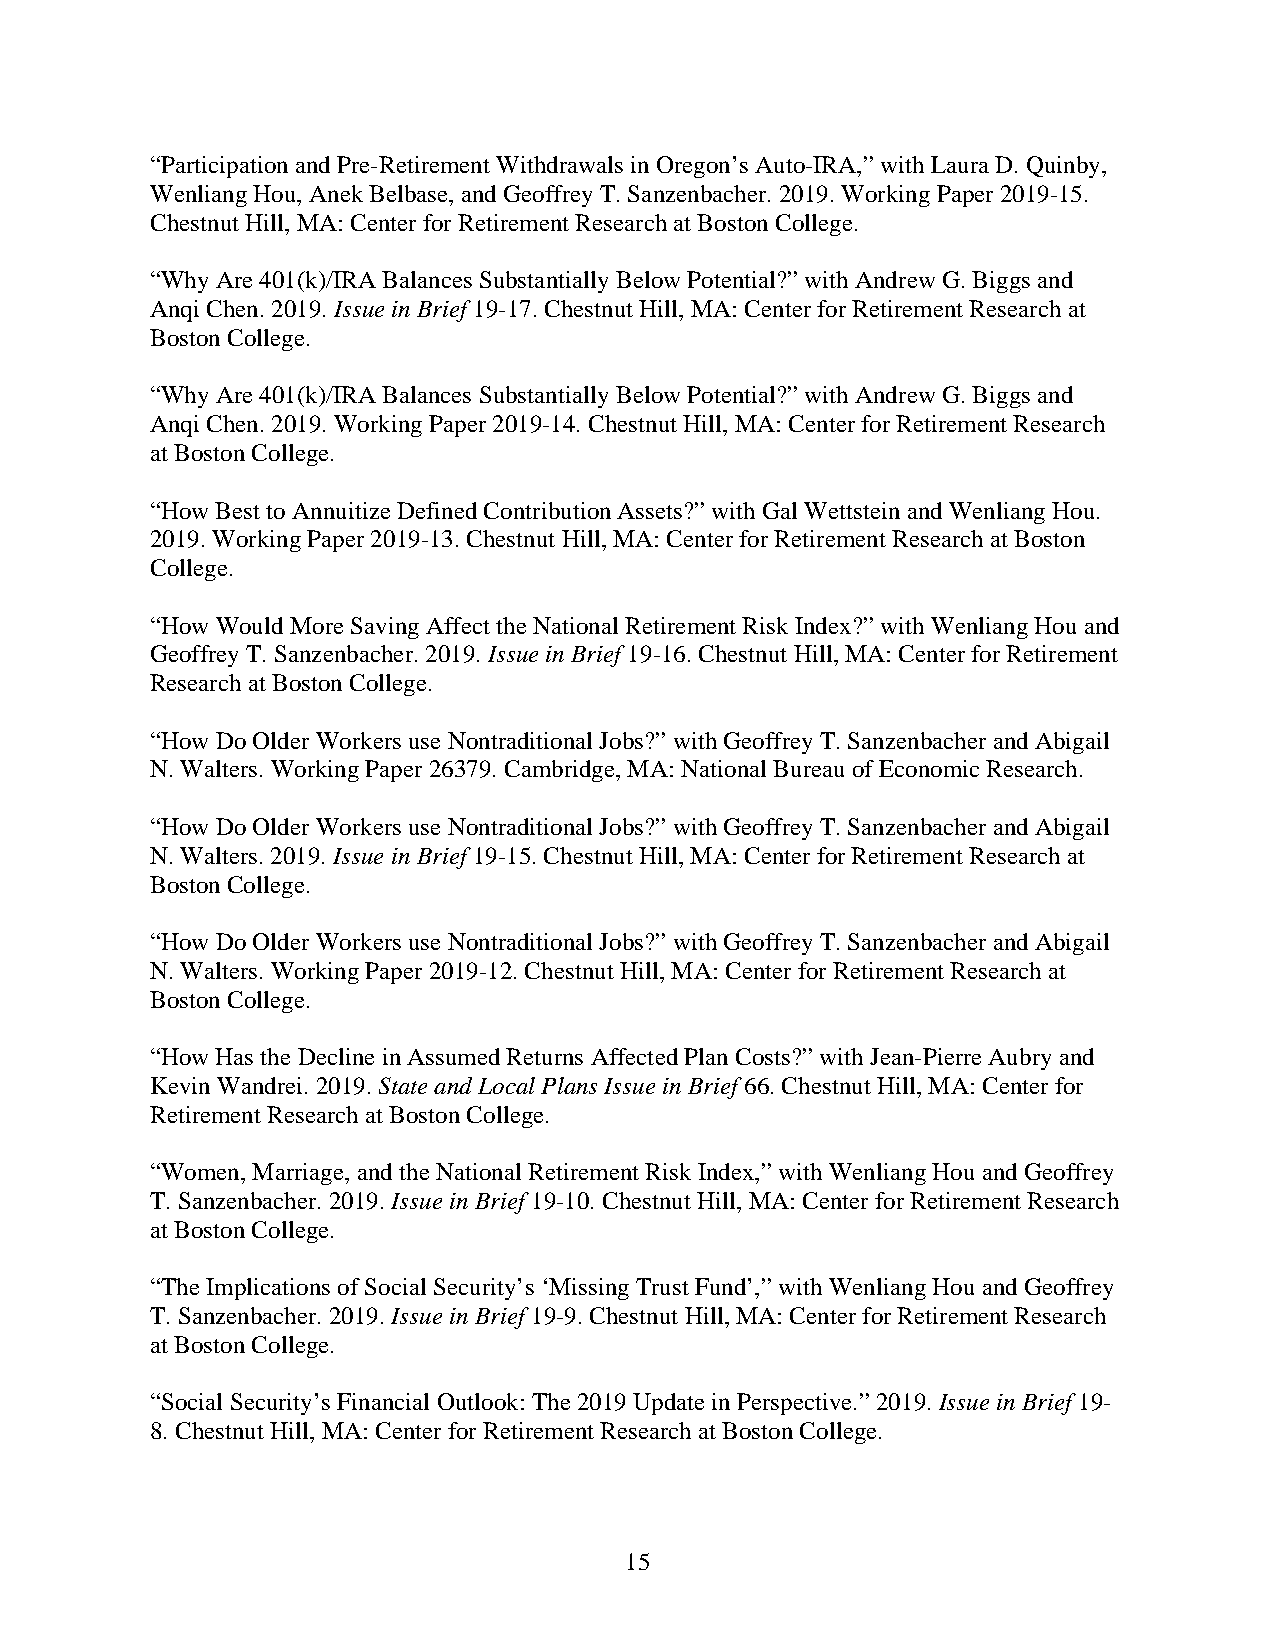
“Participation and Pre-Retirement Withdrawals in Oregon’s Auto-IRA,” with Laura D. Quinby,
 Wenliang Hou, Anek Belbase, and Geoffrey T. Sanzenbacher. 2019. Working Paper 2019-15.
 Chestnut Hill, MA: Center for Retirement Research at Boston College.
 “Why Are 401(k)/IRA Balances Substantially Below Potential?” with Andrew G. Biggs and
 Anqi Chen. 2019. Issue in Brief 19-17. Chestnut Hill, MA: Center for Retirement Research at
 Boston College.
 “Why Are 401(k)/IRA Balances Substantially Below Potential?” with Andrew G. Biggs and
 Anqi Chen. 2019. Working Paper 2019-14. Chestnut Hill, MA: Center for Retirement Research
 at Boston College.
 “How Best to Annuitize Defined Contribution Assets?” with Gal Wettstein and Wenliang Hou.
 2019. Working Paper 2019-13. Chestnut Hill, MA: Center for Retirement Research at Boston
 College.
 “How Would More Saving Affect the National Retirement Risk Index?” with Wenliang Hou and
 Geoffrey T. Sanzenbacher. 2019. Issue in Brief 19-16. Chestnut Hill, MA: Center for Retirement
 Research at Boston College.
 “How Do Older Workers use Nontraditional Jobs?” with Geoffrey T. Sanzenbacher and Abigail
 N. Walters. Working Paper 26379. Cambridge, MA: National Bureau of Economic Research.
 “How Do Older Workers use Nontraditional Jobs?” with Geoffrey T. Sanzenbacher and Abigail
 N. Walters. 2019. Issue in Brief 19-15. Chestnut Hill, MA: Center for Retirement Research at
 Boston College.
 “How Do Older Workers use Nontraditional Jobs?” with Geoffrey T. Sanzenbacher and Abigail
 N. Walters. Working Paper 2019-12. Chestnut Hill, MA: Center for Retirement Research at
 Boston College.
 “How Has the Decline in Assumed Returns Affected Plan Costs?” with Jean-Pierre Aubry and
 Kevin Wandrei. 2019. State and Local Plans Issue in Brief 66. Chestnut Hill, MA: Center for
 Retirement Research at Boston College.
 “Women, Marriage, and the National Retirement Risk Index,” with Wenliang Hou and Geoffrey
 T. Sanzenbacher. 2019. Issue in Brief 19-10. Chestnut Hill, MA: Center for Retirement Research
 at Boston College.
 “The Implications of Social Security’s ‘Missing Trust Fund’,” with Wenliang Hou and Geoffrey
 T. Sanzenbacher. 2019. Issue in Brief 19-9. Chestnut Hill, MA: Center for Retirement Research
 at Boston College.
 “Social Security’s Financial Outlook: The 2019 Update in Perspective.” 2019. Issue in Brief 19-
 8. Chestnut Hill, MA: Center for Retirement Research at Boston College.
 15